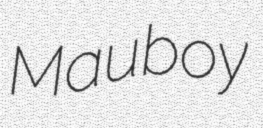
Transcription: Mauboy